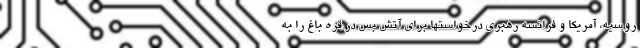
روسیه، آمریکا و فرانسه رهبری درخواستها برای آتش بس در قره باغ را به